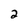
Character: 2